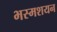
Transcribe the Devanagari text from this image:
भस्मशयन